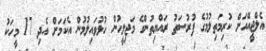
އެލްޖީއޭއަށް ކުރިމަތިލުމުގެ ފުރުސަތު ރައްޔިތުންގެ މަޖިލީހުން ހުޅުވައިލުމުން އެކަމަށް އެދި 17 މީހަކު